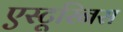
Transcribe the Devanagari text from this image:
एस्टूरिनस